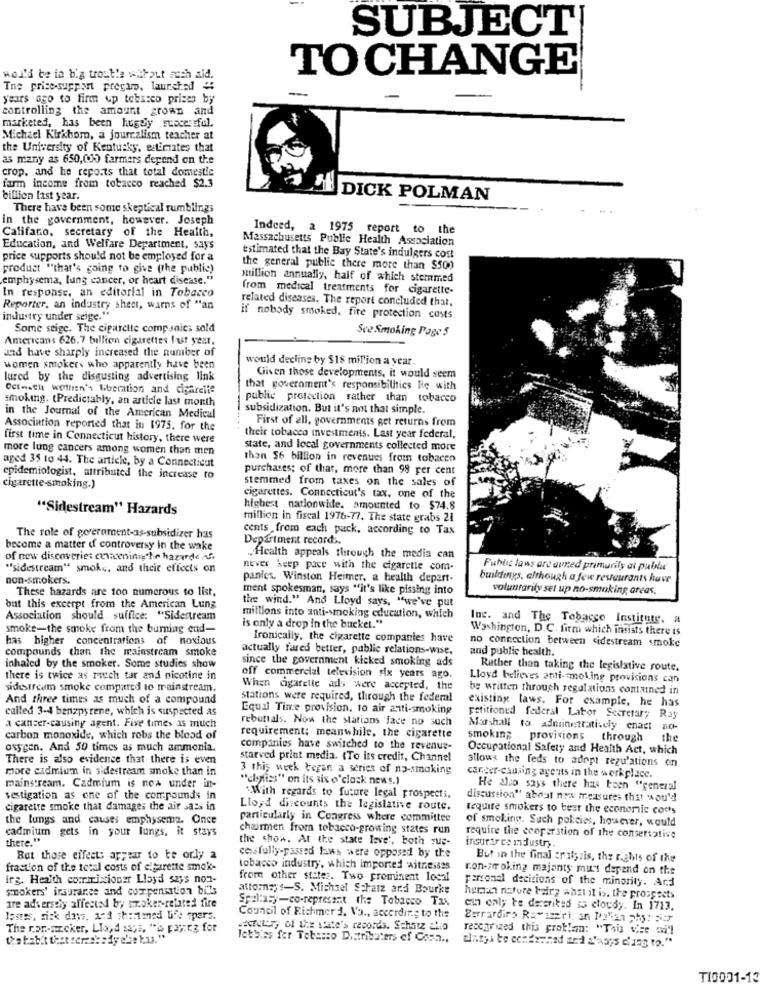
SUBJECT
TOCHANGE
worki be in b'a trost'e wibaut acch aid.
The price-support precio, launched "
years ago to firm up tobasco prices by
controlling the amount grown and
marketed, has been hugelyy stacessful.
Michael Kirkbom, a journalism teacher at
the University of Kentucky, estimates that
as many as 650,000 farmers depend on the
crop, and he reports that total domestic
farm income from tobacco reached $2.3
billion last year.
DICK POLMAN
There have been some skeptical rumblings
in the government, however. Joseph
Califano, secretary of the Health,
Indeed, a 1975 report to the
Massachusetts Public Health Association
Education, and Welfare Department, says
price supports should not be employed for a
estimated that the Bay State's indulgers cost
product "that's going to give (the public)
the general public there more than $500
emphysema, lung cancer, or heart disease."
million annually, half of which sternmed
In response. an editorial in Tobacco
from medical treatments for cigarette-
related diseases. The report concluded that,
Reporter, an industry sheet, warns of "an
industry under seige."
if nobody smoked, fire protection costs
Some seige. The cigarette companies sold
See Smoking Page 5
Americans 626.7 billion cigarettes last year.
and have sharply increased the number of
would decling by $18 million a year.
women smokers who apparently have been
lured by the disgusting advertising link
Given those developments, it would seem
Octo.El wollen's Liberation and cigarette
that government's responsibilities lie with
smoking. (Predictably, an article last month
public protection rather than tobacco
subsidization. But it's not that simple.
in the Journal of the American Medical
First of all, governments get returns from
Association reported that in 1975. for the
first time in Connecticut history, there were
their tobacco investments. Last year federal,
more lung cancers among women than men
state, and local governments collected more
than $6 billion in revenues from tobacco
aged 35 to 44. The article, by a Connecticut
purchases; of that, more than 98 per cent
epidemiologist, attributed the increase to
stemmed from taxes on the sales of
cigarette smoking.)
cigarettes. Connecticut's tax. one of the
"Sidestream" Hazards
highest nationwide. smounted to $74.8
million in fiscal 1976-77. The state grabs 21
cents from each pack, according to Tax
The role of government-as-subsidizer has
Department records.
become a matter of controversy in the wake
of new discoveries ceviceningthe hazarde Af
Health appeals through the media can
""sidestream" smoke, and their effects on
never keep pace with the cigarette com-
Public laws are dumed primarily di publu
non-smokers.
panics. Winston Heimer, a health depart-
buildings, although a few reveurants have
These hazards are 100 numerous to list,
ment spokesman, says "it's like pissing into
voluntarily set up no-smoking areas.
the wind." And Lloyd says, "we've put
but this excerpt from the American Lung
Association should suffice: "Sidestream
millions into anti-smoking education, which
Inc. and The Tobacco Institute. a
smoke-the smoke from the burning end-
is only a drop in the bucket."
Washington, D.C. firm which insists there is
has higher concentrations of noxious
Ironically, the cigarette companies have
no connection between sidestream smoke
compounds than the mainstream smoke
actually fared better, public relations-wise.
and public health.
since the government kicked smoking ads
inhaled by the smoker. Some studies show
Rather than taking the legislative route.
there is twice as rutch tar and nicotine in
off commercial television six years ago.
Lloyd believes anti-smoking provisions can
sidestream smoke compared to mainstream.
When cigarette ads were accepted, the
be written through regulations contained in
And three times as much of a compound
stations were required, through the federal
called 3-44 benzpyrene, which is suspected as
Equal Time provision. to air anti-smoking
existing laws. For example, he has
rebuttals. Now the stations face no such
petitioned federal Labor Secretary Ray
a cancer-causing agent. Five times as much
Marshall to administratively enact no-
carbon monoxide, which robs the blood of
requirement; meanwhile, the cigarette
smoking
provisions through
the
oxygen. And 50 times as much ammonia.
companies have switched to the revenue-
Occupational Safety and Health Act, which
There is also evidence that there is even
starved print media. (To its credit, Channel
allows the feds to adopt regu'ations on
more cadmium in sidestream smoke than in
3 this week begar a series of no-smoking
"cities" on its six o'clock news.)
cancer-causing agents in the workplace.
mainstream. Cadmium is now under in-
He also says there has been "general
sestigation as one of the compounds in
With regards to future legal prospects,
discussion" about nex measures that wou'd
cigarette smoke that damage; the air sass in
Lloyd discounts the legislative route.
require smokers to beat the economic cochs
the lungs and causes emphysema. Once
particularly in Congress where committee
of smoking. Such policies, however, would
cadmium gets in your lungs, it stays
chairmen from tobacco-growing states run
there."
the show. At the state love', both sus-
require the cooperstion of the conservative
insurtres Industry.
cessfully-passed laws were opposed by the
But those effect: appear to te orly a
But in the final zral;zis, the rights of the
fraction of the total costs of elgarette smak-
tobacco industry, which imported witnesses
ron-irr oking majonty mi's depend on the
irg. Health commissioner Lloyd says non-
from other states. Two prominent local
smokers' insurance and compensation bills
attorneys-S. Michael Schatz and Bourke
personal decisions of the minority. Ard
are adversely affected by smoker-related fire
Speltasy-co-repressat the Tobacco Tax
human nature Fairg abst it is. the prospects
can only te dersrited as cloudy. In 1713.
losres, sick days, and shinemed Life spars.
Council of Richmer J. Va ., according to the
The non-axcker, Lloyd says, "'s paying for
acheter, of Lis white's records. Schatz ship
recchr ized this problem: "This vee sil
lobbies fer Tabasco Distributers of Cosa ..
dlatys te centreand ard s'asgs chang to."
T10001-13